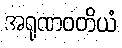
အရုဏဝတိယံ